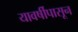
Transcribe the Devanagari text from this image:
यावर्षीपासून